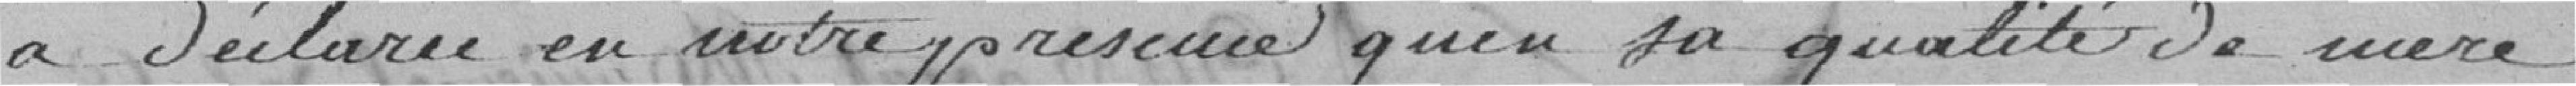
a déclaré